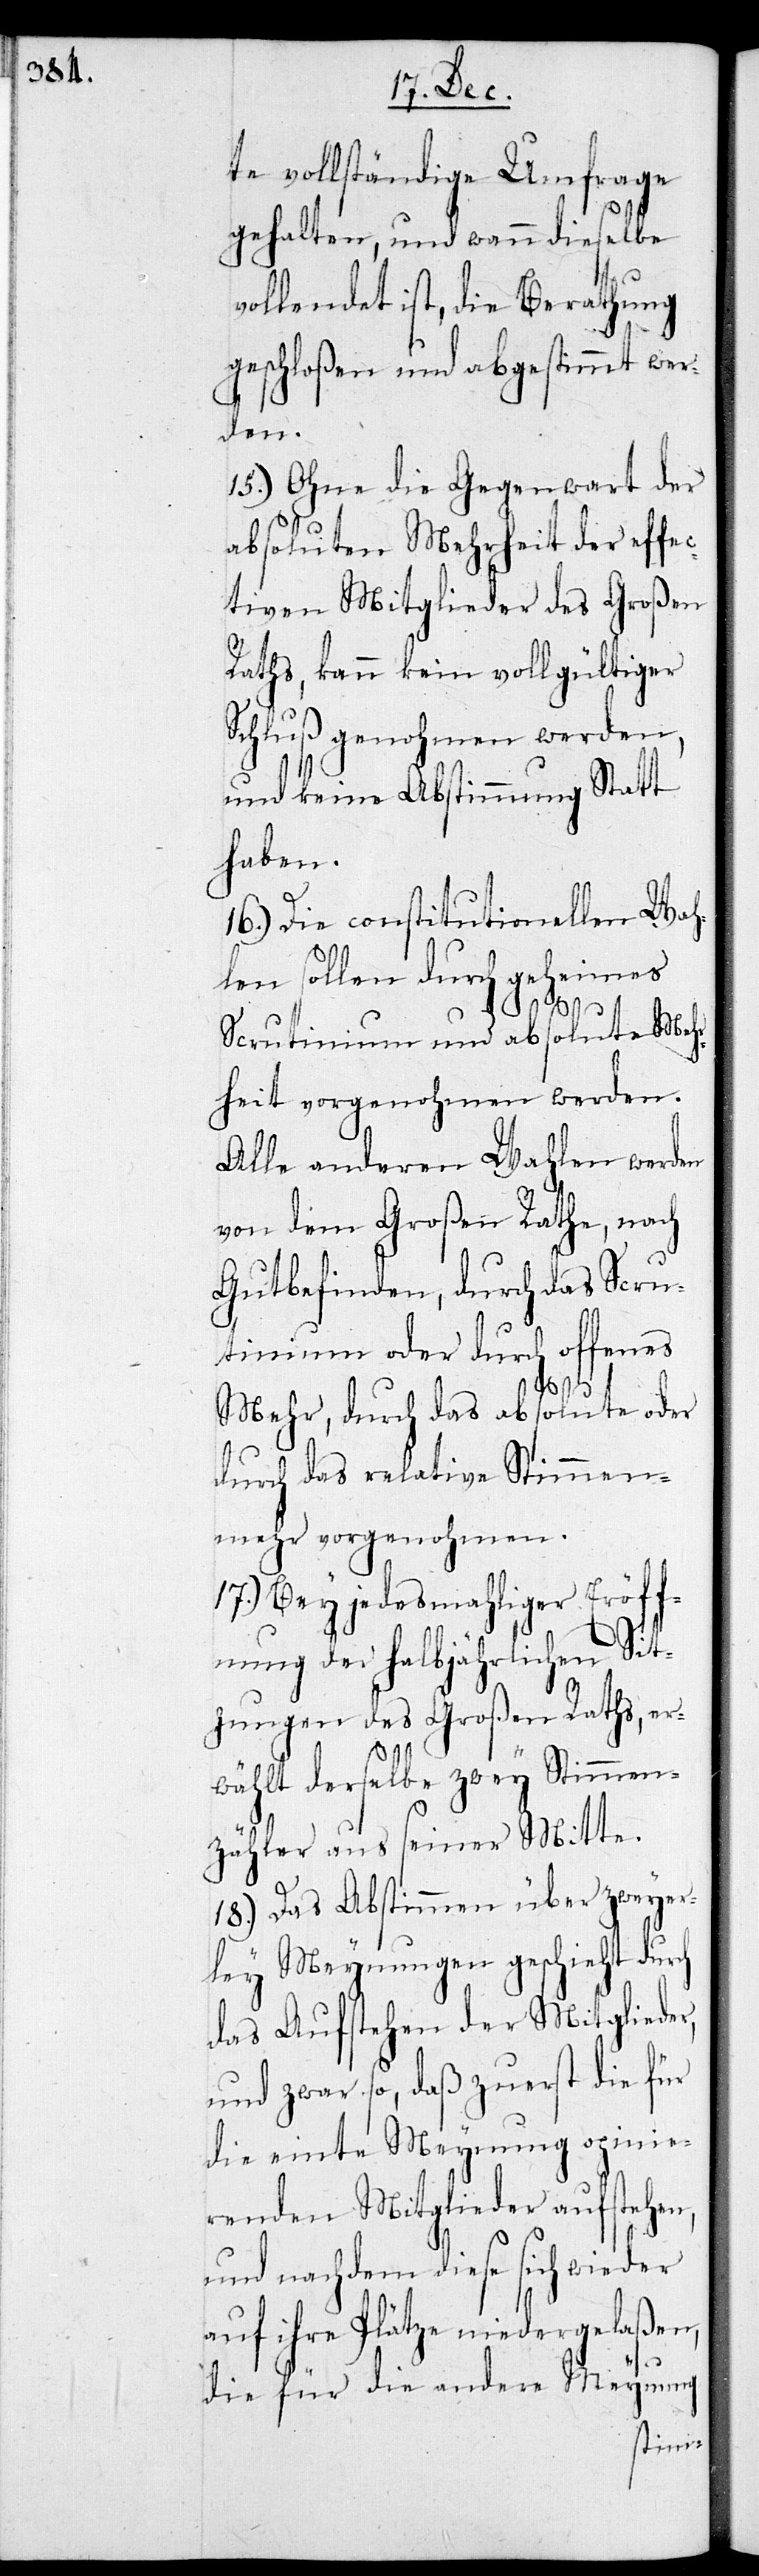
te vollständige Umfrage
gehalten, und wann dieselbe
vollendet ist, die Berathung
geschloßen und abgestimmt wer¬
den.
15.) Ohne die Gegenwart der
absoluten Mehrheit der effe¬
ctiven Mitglieder des Großen
Raths, kann kein vollgültiger
Schluß genohmen werden,
und keine Abstimmung Statt
haben.
16.) Die constitutionellen Wah¬
len sollen durch geheimes
Scrutinium und absolute Mehr¬
heit vorgenohmen werden.
Alle anderen Wahlen werden
von dem Großen Rathe, nach
Gutbefinden, durch das Scru¬
tinium oder durch offenes
Mehr, durch absolute oder
durch das relative Stimmen¬
mehr vorgenohmen.
17.) Bey jedesmahliger Eröff¬
nung der halbjährlichen Sit¬
zungen des Großen Raths, er¬
wählt derselbe zwey Stimmen¬
zähler aus seiner Mitten.
18.) Das Abstimmen über zweyer¬
ley Meynungen geschieht durch
das Aufstehen der Mitglieder,
und zwar so, daß zuerst die für
die einte Meynung opinie¬
renden Mitglieder aufstehen,
und nachdem diese sich wieder
auf ihre Plätze niedergelaßen,
die für die andere Meynung